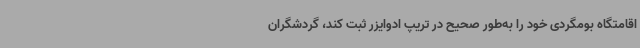
اقامتگاه بومگردی خود را به‌طور صحیح در تریپ ادوایزر ثبت کند، گردشگران